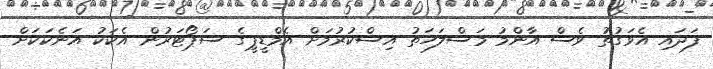
ފަދައި އެވަގުތު ވެސް އާންމު މަސްލަހަތު އިސްކުރުމަށް އެމްޑީޕީގެ ސަޕޯޓަރުން އެކަކު އަނެކަކަށް